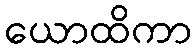
ယောထိကာ